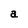
Character: a